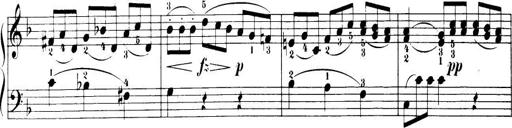
Title: 32 Sonatinas and Rondos for the Piano
Composer: Richard Kleinmichel